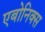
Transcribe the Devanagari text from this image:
एबोनिक्स